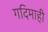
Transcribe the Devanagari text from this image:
गदिमाही